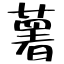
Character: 薯